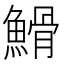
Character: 䱻